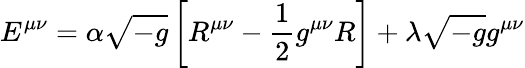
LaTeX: E^{\mu\nu}=\alpha{\sqrt{-g}}\left[R^{\mu\nu}-{\frac{1}{2}}g^{\mu\nu}R\right]+\lambda{\sqrt{-g}}g^{\mu\nu}